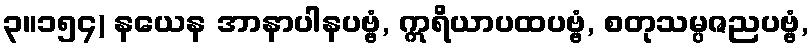
၃။၁၅၄) နယေန အာနာပါနပဗ္ဗံ, ဣရိယာပထပဗ္ဗံ, စတုသမ္ပဇညပဗ္ဗံ,